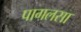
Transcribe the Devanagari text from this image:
पागलसा